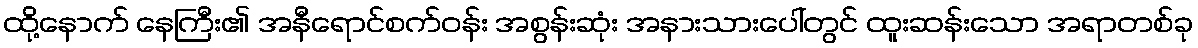
ထို့နောက် နေကြီး၏ အနီရောင်စက်ဝန်း အစွန်းဆုံး အနားသားပေါ်တွင် ထူးဆန်းသော အရာတစ်ခု